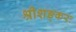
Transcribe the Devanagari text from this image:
श्रीशङ्करः